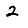
Digit: 2